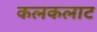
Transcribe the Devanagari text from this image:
कलकलाट